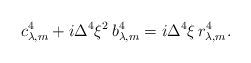
LaTeX: \begin{align*}c^4_{\lambda,m} + i \Delta^4 \xi^2 \, b^4_{\lambda,m} = i \Delta^4 \xi\, r^4_{\lambda,m} .\end{align*}